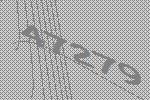
47279